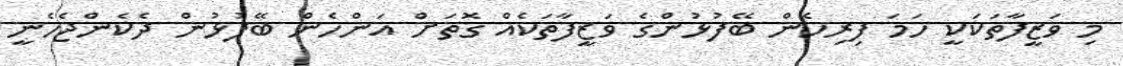
މި ވަޒީފާތަކަކީ ހަމަ ފިރިހެން ބޭފުޅުންގެ ވަޒީފާތަކެއް ގޮތަށް އަންހެން ބޭފުޅުން ދެކެންޖެހެނީ